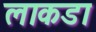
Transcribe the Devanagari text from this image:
लाकडा